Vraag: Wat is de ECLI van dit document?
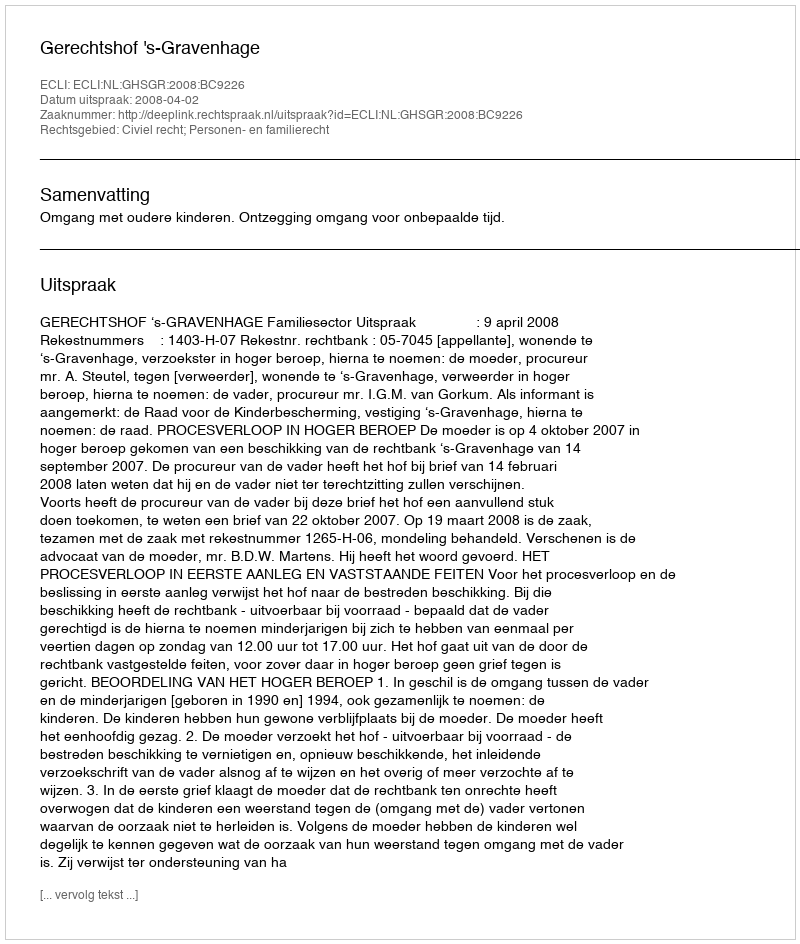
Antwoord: ECLI:NL:GHSGR:2008:BC9226